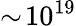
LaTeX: \sim\! 10^{19}